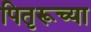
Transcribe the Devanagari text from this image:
पितृरूच्या